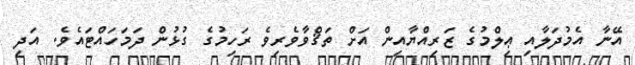
އޭނާ އެމުދަލާއި ޢިލްމުގެ ޒަރިއްޔާއިން އަށް ތަޤްވާވެރިވެ ރަހިމުގެ ގުޅުން ދަމަހައްޓައެވެ. އަދި